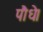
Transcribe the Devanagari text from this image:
पौधे।